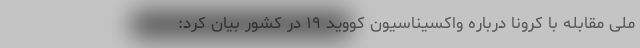
ملی مقابله با کرونا درباره واکسیناسیون کووید ۱۹ در کشور بیان کرد: